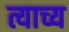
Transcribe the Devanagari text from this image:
त्याच्य